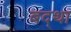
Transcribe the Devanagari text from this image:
बद्था